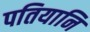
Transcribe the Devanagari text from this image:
पतियानि